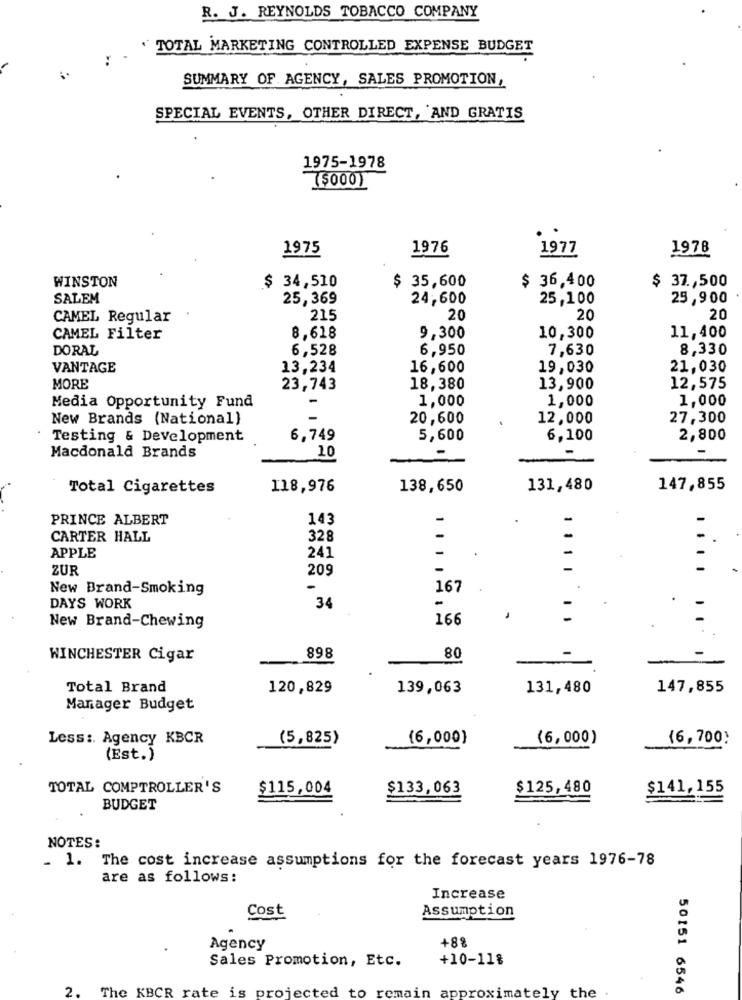
R. J. REYNOLDS TOBACCO COMPANY
TOTAL MARKETING CONTROLLED EXPENSE BUDGET
SUMMARY OF AGENCY, SALES PROMOTION,
SPECIAL EVENTS, OTHER DIRECT, AND GRATIS
1975-1978
($000)
1975
1976
1977
1978
WINSTON
$ 34,510
$ 35,600
$ 36,400
$ 37 ., 500
SALEM
25,369
24,600
25,100
25,900
CAMEL Regular
215
20
20
20
CAMEL Filter
8,618
9,300
10,300
11,400
DORAL
6,528
6,950
7,630
8,330
VANTAGE
13,234
16,600
19,030
21,030
MORE
23,743
18,380
13,900
12,575
1,000
1,000
1,000
Media Opportunity Fund
New Brands (National)
20,600
12,000
27,300
Testing & Development
6,749
5,600
6,100
2,800
Macdonald Brands
10
Total Cigarettes
118,976
138,650
131,480
147,855
PRINCE ALBERT
143
-
CARTER HALL
328
-
APPLE
241
ZUR
209
-
New Brand-Smoking
-
167
DAYS WORK
34
166
New Brand-Chewing
WINCHESTER Cigar
898
80
Total Brand
120,829
139,063
131,480
147,855
Manager Budget
Less :. Agency KBCR
(5,825)
(6,000)
(6,000)
(6,700}
(Est.)
TOTAL COMPTROLLER'S
$115,004
$133,063
$125,480
$141,155
BUDGET
NOTES:
. 1. The cost increase assumptions for the forecast years 1976-78
are as follows:
Increase
Cost
Assumption
+8%
Agency
Sales Promotion, Etc.
+10-11%
2. The KBCR rate is projected to remain approximately the .
50151 6546